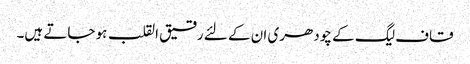
قاف لیگ کے چودھری ان کے لئے رقیق القلب ہو جاتے ہیں۔